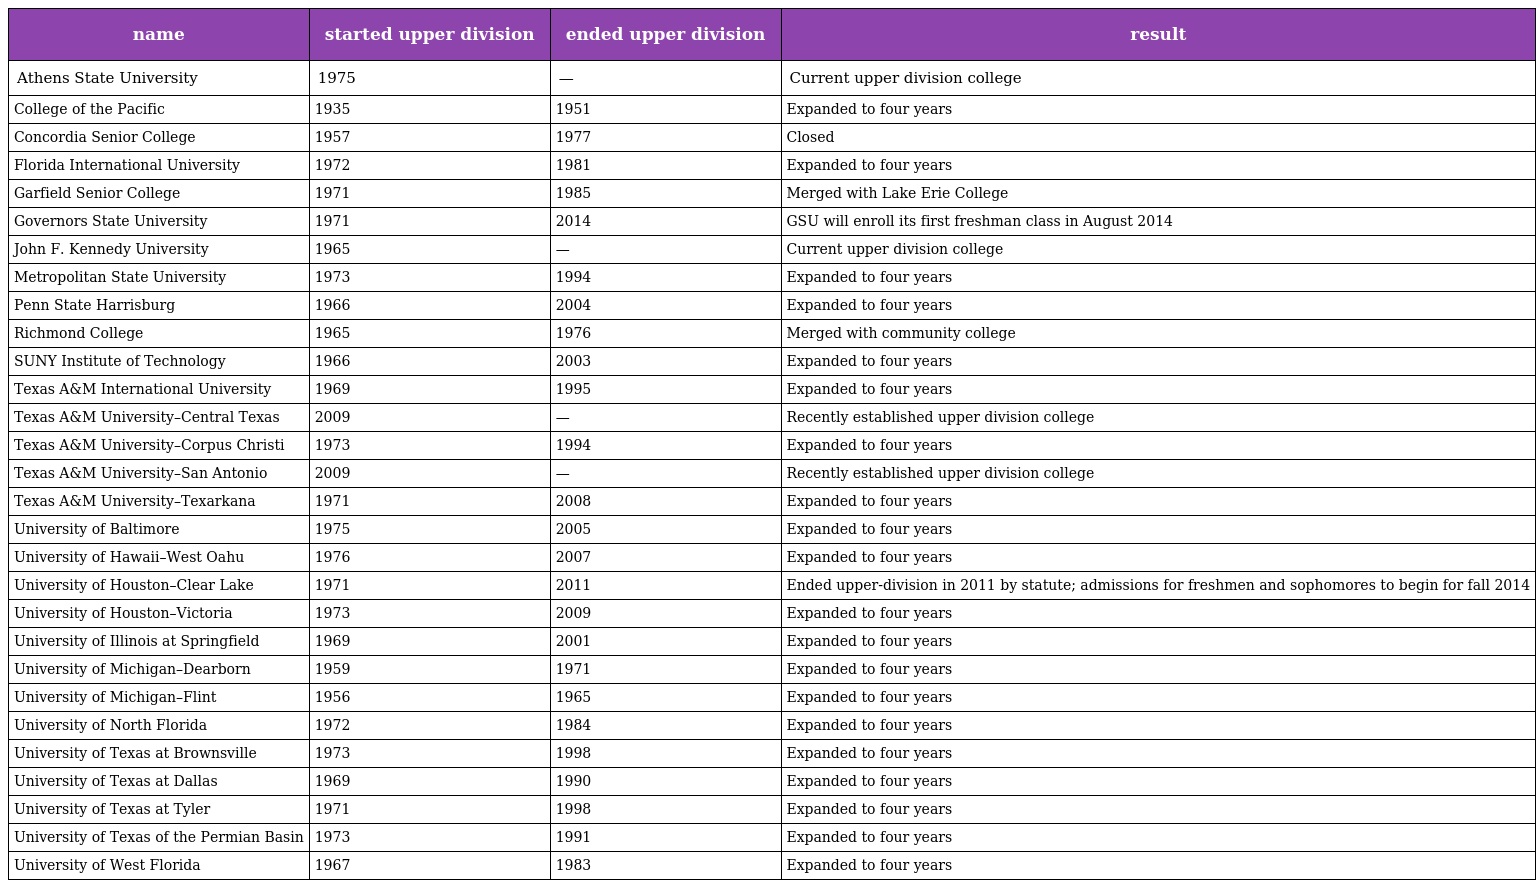
| name | started upper division | ended upper division | result |
 | --- | --- | --- | --- |
 | Athens State University | 1975 | — | Current upper division college |
 | College of the Pacific | 1935 | 1951 | Expanded to four years |
 | Concordia Senior College | 1957 | 1977 | Closed |
 | Florida International University | 1972 | 1981 | Expanded to four years |
 | Garfield Senior College | 1971 | 1985 | Merged with Lake Erie College |
 | Governors State University | 1971 | 2014 | GSU will enroll its first freshman class in August 2014 |
 | John F. Kennedy University | 1965 | — | Current upper division college |
 | Metropolitan State University | 1973 | 1994 | Expanded to four years |
 | Penn State Harrisburg | 1966 | 2004 | Expanded to four years |
 | Richmond College | 1965 | 1976 | Merged with community college |
 | SUNY Institute of Technology | 1966 | 2003 | Expanded to four years |
 | Texas A&M International University | 1969 | 1995 | Expanded to four years |
 | Texas A&M University–Central Texas | 2009 | — | Recently established upper division college |
 | Texas A&M University–Corpus Christi | 1973 | 1994 | Expanded to four years |
 | Texas A&M University–San Antonio | 2009 | — | Recently established upper division college |
 | Texas A&M University–Texarkana | 1971 | 2008 | Expanded to four years |
 | University of Baltimore | 1975 | 2005 | Expanded to four years |
 | University of Hawaii–West Oahu | 1976 | 2007 | Expanded to four years |
 | University of Houston–Clear Lake | 1971 | 2011 | Ended upper-division in 2011 by statute; admissions for freshmen and sophomores to begin for fall 2014 |
 | University of Houston–Victoria | 1973 | 2009 | Expanded to four years |
 | University of Illinois at Springfield | 1969 | 2001 | Expanded to four years |
 | University of Michigan–Dearborn | 1959 | 1971 | Expanded to four years |
 | University of Michigan–Flint | 1956 | 1965 | Expanded to four years |
 | University of North Florida | 1972 | 1984 | Expanded to four years |
 | University of Texas at Brownsville | 1973 | 1998 | Expanded to four years |
 | University of Texas at Dallas | 1969 | 1990 | Expanded to four years |
 | University of Texas at Tyler | 1971 | 1998 | Expanded to four years |
 | University of Texas of the Permian Basin | 1973 | 1991 | Expanded to four years |
 | University of West Florida | 1967 | 1983 | Expanded to four years |